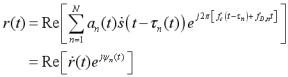
\[
\begin{align*}
r(t)&=\mathrm{Re}\left[\sum_{n = 1}^{N}a_{n}(t)\delta(t - \tau_{n}(t))e^{j2\pi\left[f_{c}t - f_{d,n}t + \phi_{n}\right]}\right]\\
&=\mathrm{Re}\left[\tilde{r}(t)e^{j\varphi_{r}(t)}\right]
\end{align*}
\]